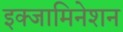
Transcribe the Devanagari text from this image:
इक्जामिनेशन